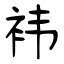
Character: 袆